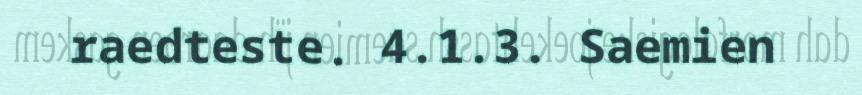
raedteste. 4.1.3. Saemien